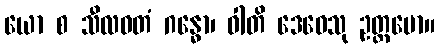
ယော စ သီလဝတံ ဂန္ဓော၊ ဝါတိ ဒေဝေသု ဥတ္တမော။